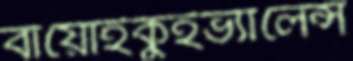
বায়োইকুইভ্যালেন্স